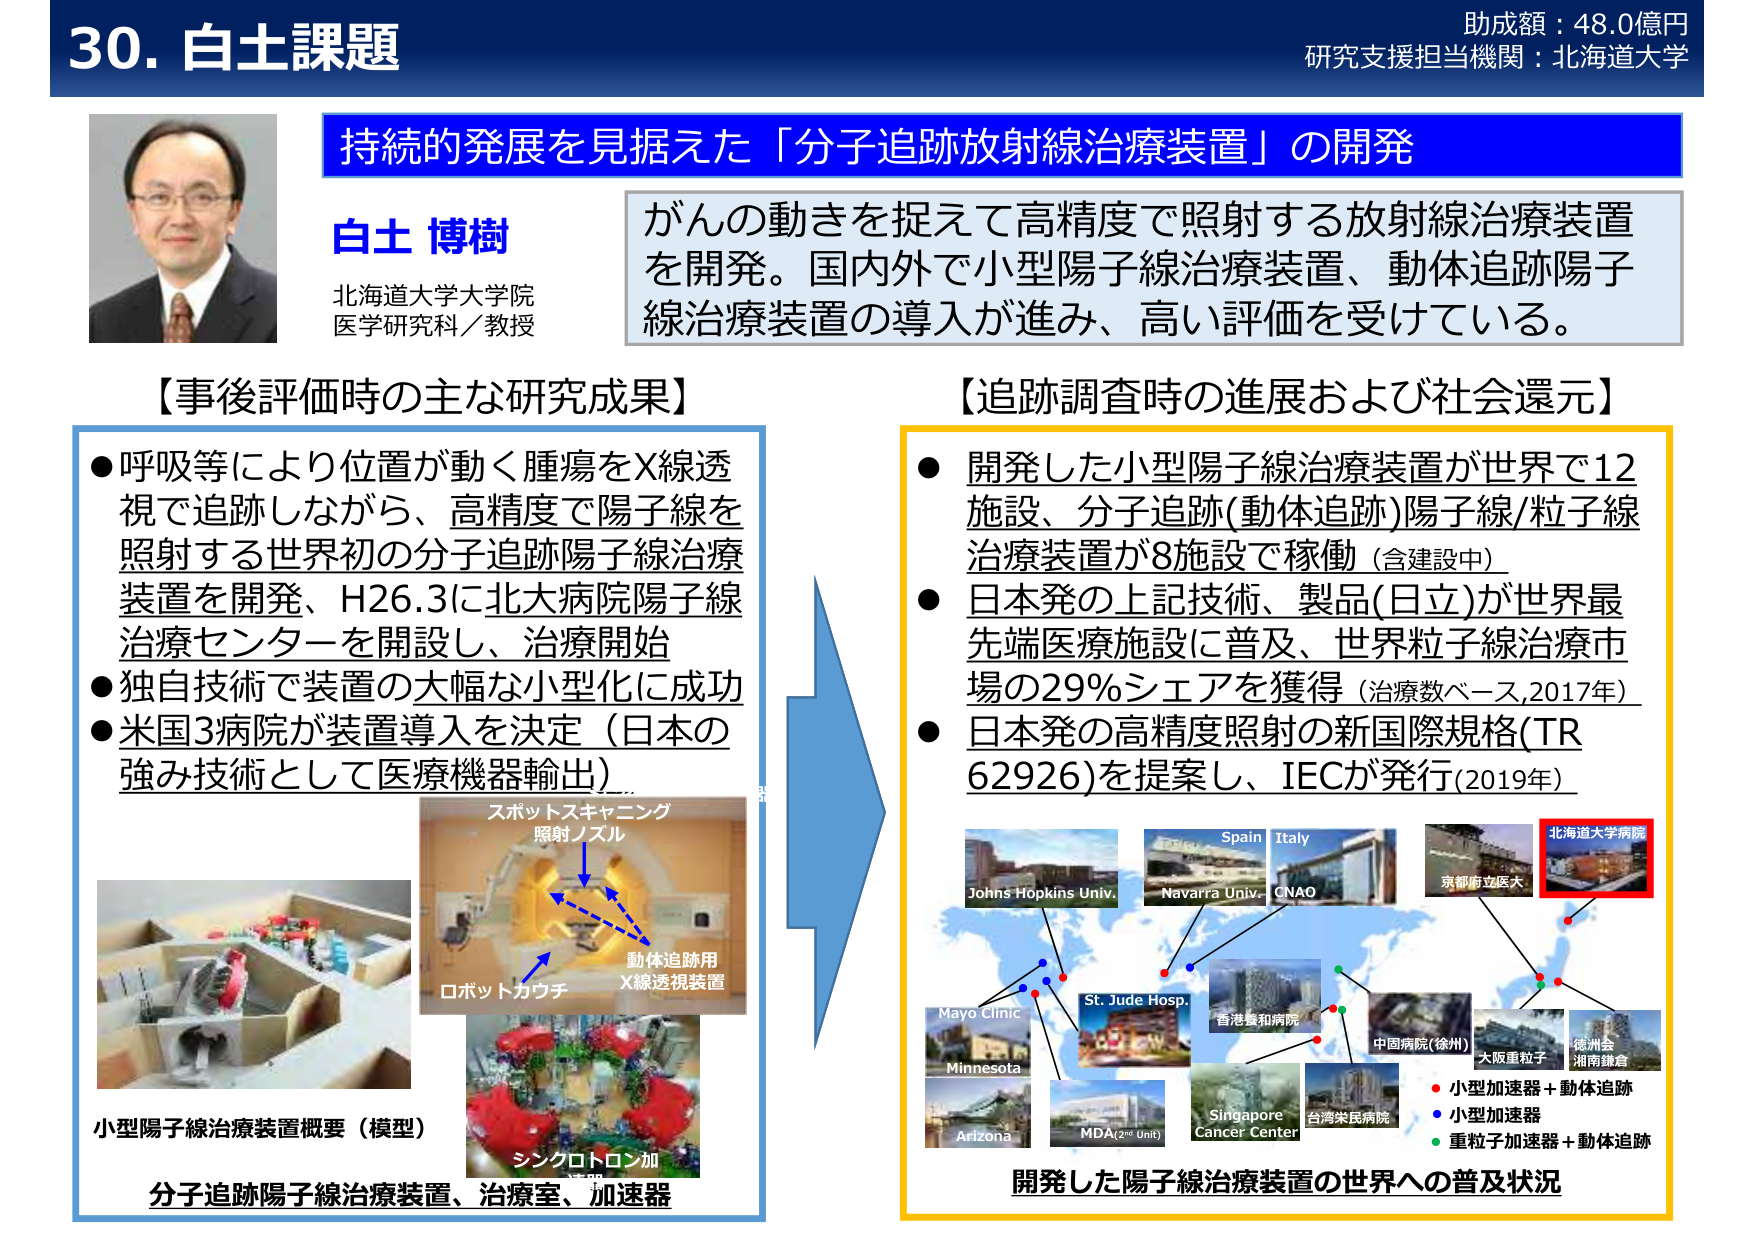
30. 白土課題
助成額：48.0億円
研究支援担当機関：北海道大学

持続的発展を見据えた「分子追跡放射線治療装置」の開発

白土 博樹
北海道大学大学院
医学研究科／教授

がんの動きを捉えて高精度で照射する放射線治療装置を開発。国内外で小型陽子線治療装置、動体追跡陽子線治療装置の導入が進み、高い評価を受けている。

【事後評価時の主な研究成果】
● 呼吸等により位置が動く腫瘍をX線透視で追跡しながら、高精度で陽子線を照射する世界初の分子追跡陽子線治療装置を開発、H26.3に北大病院陽子線治療センターを開設し、治療開始
● 独自技術で装置の大幅な小型化に成功
● 米国3病院が装置導入を決定（日本の強み技術として医療機器輸出）

小型陽子線治療装置概要（模型）
分子追跡陽子線治療装置、治療室、加速器

スポットスキャニング
照射ノズル
ロボットカウチ
動体追跡用
X線透視装置
シンクロトロン加

【追跡調査時の進展および社会還元】
● 開発した小型陽子線治療装置が世界で12施設、分子追跡(動体追跡)陽子線/粒子線治療装置が8施設で稼働（含建設中）
● 日本発の上記技術、製品(日立)が世界最先端医療施設に普及、世界粒子線治療市場の29％シェアを獲得（治療数ベース,2017年）
● 日本発の高精度照射の新国際規格(TR 62926)を提案し、IECが発行(2019年)

Johns Hopkins Univ.
Navarra Univ.
CNAO
Spain
Italy
St. Jude Hosp.
Mayo Clinic
Minnesota
Arizona
MDA(2nd Unit)
香港養和病院
中固病院(徐州)
台湾榮民病院
Singapore Cancer Center
京都府立医大
北海道大学病院
大阪重粒子
徳洲会
湘南鎌倉

● 小型加速器＋動体追跡
● 小型加速器
● 重粒子加速器＋動体追跡

開発した陽子線治療装置の世界への普及状況